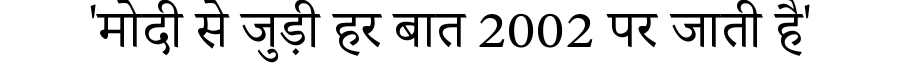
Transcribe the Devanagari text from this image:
'मोदी से जुड़ी हर बात 2002 पर जाती है'